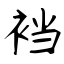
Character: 裆